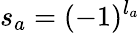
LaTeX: s_{a}=(-1)^{l_{a}}